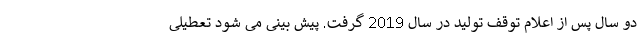
دو سال پس از اعلام توقف تولید در سال 2019 گرفت. پیش بینی می شود تعطیلی